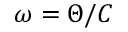
\omega = \Theta / C